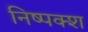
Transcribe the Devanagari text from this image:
निष्पक्श